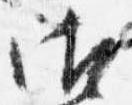
御